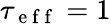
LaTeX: \tau_{\mathrm{~e~f~f~}}=1